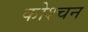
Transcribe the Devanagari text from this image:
कोश्चन